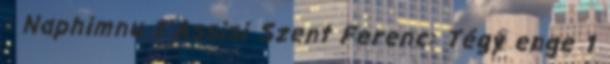
: Naphimnu 1 Assisi Szent Ferenc: Tégy enge 1